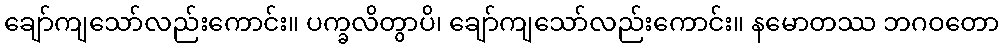
ချော်ကျသော်လည်းကောင်း။ ပက္ခလိတွာပိ၊ ချော်ကျသော်လည်းကောင်း။ နမောတဿ ဘဂဝတော